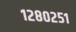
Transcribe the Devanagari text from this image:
१२८०२५१